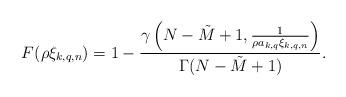
LaTeX: \begin{align*}F(\rho\xi_{k,q,n}) = 1- \frac{\gamma\left(N-\tilde{M}+1, \frac{1}{\rho a_{k,q}\xi_{k,q,n}}\right)}{\Gamma(N-\tilde{M}+1)}.\end{align*}